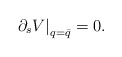
\begin{align*}\left. \partial_s V \right|_{q = \bar{q}} = 0 . \end{align*}